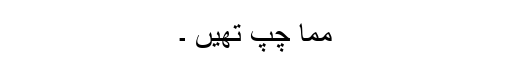
مما چپ تھیں ۔